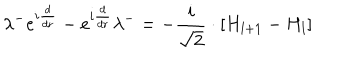
\lambda ^ { - } e ^ { i \frac { d } { d r } } - e ^ { i \frac { d } { d r } } \lambda ^ { - } = - \frac { i } { \sqrt { 2 } } \cdot \left[ H _ { l + 1 } - H _ { l } \right]